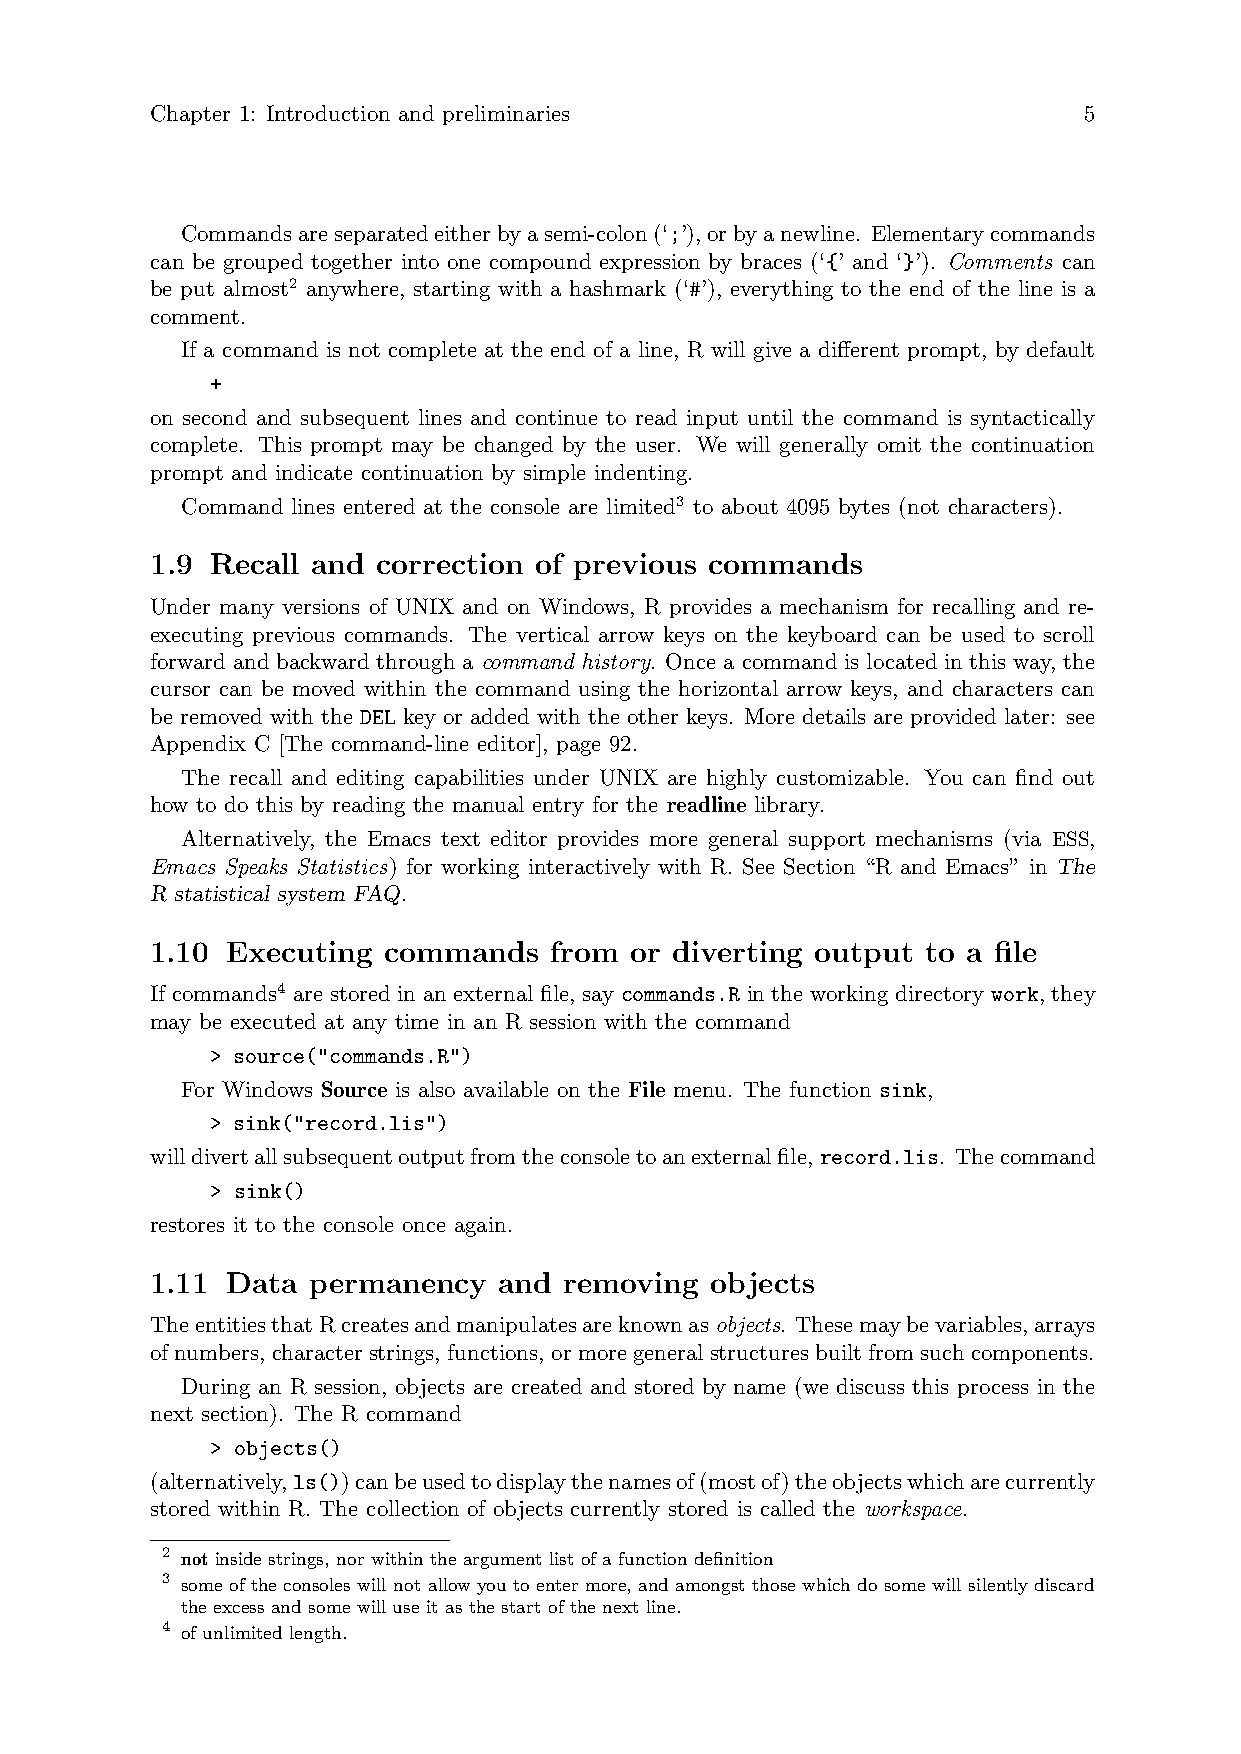
Chapter 1: Introduction and preliminaries                     5
 Commandsareseparatedeitherbyasemi-colon(‘;’),orbyanewline. Elementarycommands
 can be grouped together into one compound expression by braces (‘{’ and ‘}’). Comments can
 be put almost2 anywhere, starting with a hashmark (‘#’), everything to the end of the line is a
 comment.
 If a command is not complete at the end of a line, R will give a different prompt, by default
 +
 on second and subsequent lines and continue to read input until the command is syntactically
 complete. This prompt may be changed by the user. We will generally omit the continuation
 prompt and indicate continuation by simple indenting.
 Command lines entered at the console are limited3 to about 4095 bytes (not characters).
 1.9 Recall and correction of previous commands
 Under many versions of UNIX and on Windows, R provides a mechanism for recalling and re-
 executing previous commands. The vertical arrow keys on the keyboard can be used to scroll
 forward and backward through a command history. Once a command is located in this way, the
 cursor can be moved within the command using the horizontal arrow keys, and characters can
 be removed with the DEL key or added with the other keys. More details are provided later: see
 Appendix C [The command-line editor], page 92.
 The recall and editing capabilities under UNIX are highly customizable. You can find out
 how to do this by reading the manual entry for the readline library.
 Alternatively, the Emacs text editor provides more general support mechanisms (via ESS,
 Emacs Speaks Statistics) for working interactively with R. See Section “R and Emacs” in The
 R statistical system FAQ.
 1.10 Executing commands   from  or diverting output to a file
 If commands4 are stored in an external file, say commands.R in the working directory work, they
 may be executed at any time in an R session with the command
 > source("commands.R")
 For Windows Source is also available on the File menu. The function sink,
 > sink("record.lis")
 willdivertallsubsequentoutputfromtheconsoletoanexternalfile,record.lis. Thecommand
 > sink()
 restores it to the console once again.
 1.11 Data permanency   and removing  objects
 TheentitiesthatRcreatesandmanipulatesareknownasobjects. Thesemaybevariables,arrays
 of numbers, character strings, functions, or more general structures built from such components.
 During an R session, objects are created and stored by name (we discuss this process in the
 next section). The R command
 > objects()
 (alternatively,ls())canbeusedtodisplaythenamesof(mostof)theobjectswhicharecurrently
 stored within R. The collection of objects currently stored is called the workspace.
 2 not inside strings, nor within the argument list of a function definition
 3 some of the consoles will not allow you to enter more, and amongst those which do some will silently discard
 the excess and some will use it as the start of the next line.
 4 of unlimited length.